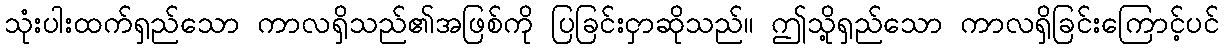
သုံးပါးထက်ရှည်သော ကာလရှိသည်၏အဖြစ်ကို ပြခြင်းငှာဆိုသည်။ ဤသို့ရှည်သော ကာလရှိခြင်းကြောင့်ပင်